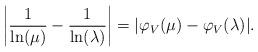
LaTeX: \begin{align*}\left| \dfrac{1}{\ln(\mu)} - \dfrac{1}{\ln(\lambda)} \right| = |\varphi_V(\mu)-\varphi_V(\lambda)|.\end{align*}